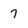
Character: 7